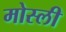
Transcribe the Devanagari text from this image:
मोस्ली